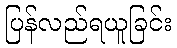
ပြန်လည်ရယူခြင်း